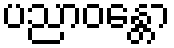
ပညာဝန္တော